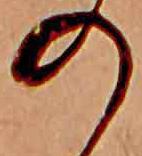
の